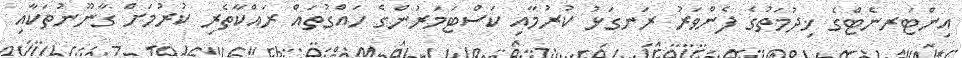
އިންޓަރނެޓްގެ ޚިދުމަތުގެ ފެންވަރު ރަނގަޅު ކުރުމާއި ކަސްޓަމަރުންގެ ހައްގުތައް ރައްކާތެރި ކުރުމަށް ގާނޫނުތަކާއި